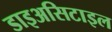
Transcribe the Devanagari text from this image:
डाइअसिटाइल